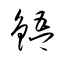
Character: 鋙